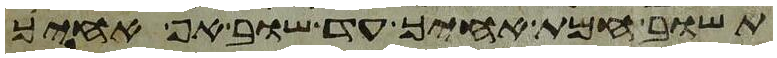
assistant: תשוב חמת אחיך עד שוב אף אחיך